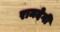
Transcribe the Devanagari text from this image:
रामदेगी